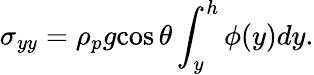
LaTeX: \sigma_{yy}=\rho_{p}{g}{\cos\theta}\int_{y}^{h}\phi(y)dy.